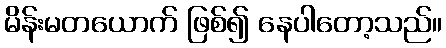
မိန်းမတယောက် ဖြစ်၍ နေပါတော့သည်။